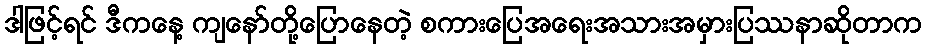
ဒါဖြင့်ရင် ဒီကနေ့ ကျနော်တို့ပြောနေတဲ့ စကားပြေအရေးအသားအမှားပြဿနာဆိုတာက